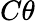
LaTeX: C\theta